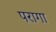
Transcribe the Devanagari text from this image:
परागा